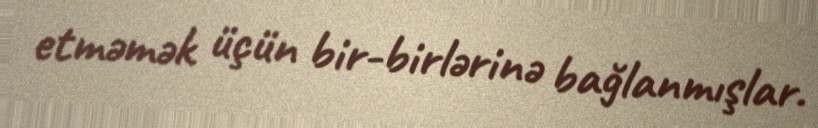
etməmək üçün bir-birlərinə bağlanmışlar.